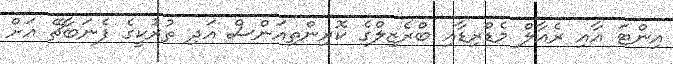
އިންޓަ އާއި ރެއާލް މެޑްރިޑާއި ބްރެޒިލްގެ ކޮރިންތިއަންސް އަދި ތުރުކީގެ ފެނަބާޗޭ އަށް